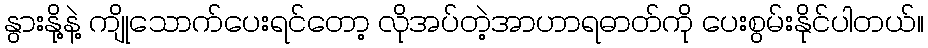
နွားနို့နဲ့ ကျိုသောက်ပေးရင်တော့ လိုအပ်တဲ့အာဟာရဓာတ်ကို ပေးစွမ်းနိုင်ပါတယ်။